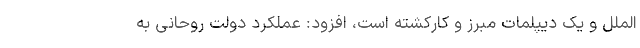
الملل و یک دیپلمات مبرز و کارکشته است، افزود: عملکرد دولت روحانی به